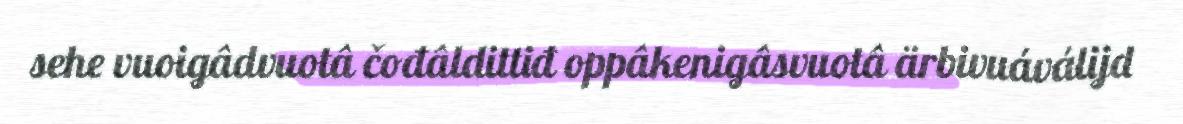
sehe vuoigâdvuotâ čođâldittiđ oppâkenigâsvuotâ ärbivuáválijd